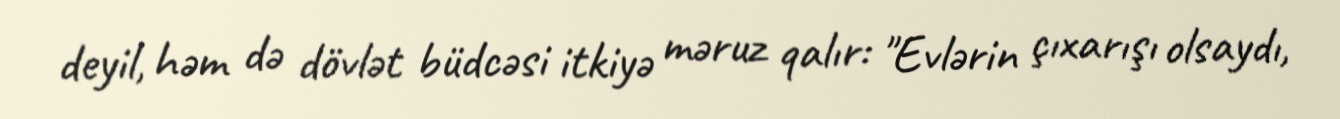
deyil, həm də dövlət büdcəsi itkiyə məruz qalır: "Evlərin çıxarışı olsaydı,